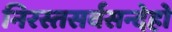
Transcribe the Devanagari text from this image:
निरस्तसर्वसन्देहो